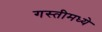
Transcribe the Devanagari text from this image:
गस्तीमध्ये